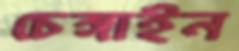
চেঙ্গাইন